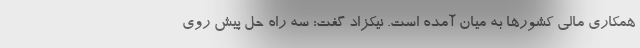
همکاری مالی کشورها به میان آمده است. نیکزاد گفت: سه راه حل پیش روی